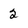
Character: 2